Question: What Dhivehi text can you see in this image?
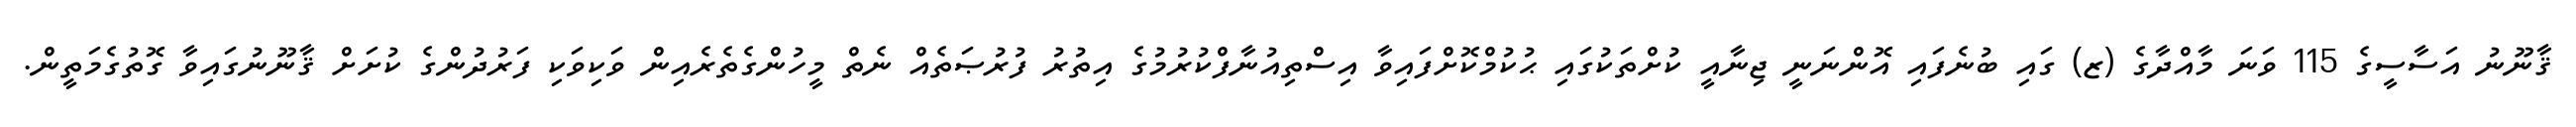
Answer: ޤާނޫނު އަސާސީގެ 115 ވަނަ މާއްދާގެ (ޒ) ގައި ބުނެފައި އޮންނަނީ ޖިނާއީ ކުށްތަކުގައި ޙުކުމްކޮށްފައިވާ އިސްތިއުނާފްކުރުމުގެ އިތުރު ފުރުޞަތެއް ނެތް މީހުންގެތެރެއިން ވަކިވަކި ފަރުދުންގެ ކުށަށް ޤާނޫނުގައިވާ ގޮތުގެމަތީން.